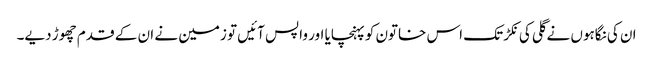
ان کی نگاہوں نے گلی کی نکڑ تک اس خاتون کو پہنچایا اور واپس آئیں تو زمین نے ان کے قدم چھوڑ دیے۔